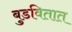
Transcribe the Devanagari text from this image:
बुडवितात